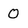
Character: O